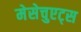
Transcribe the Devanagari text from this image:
मेसेचुएट्स